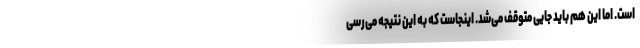
است. اما این هم باید جایی متوقف می‌شد. اینجاست که به این نتیجه می‌رسی